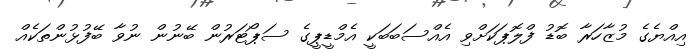
އިއްޔެގެ މުޒާހަރާ ބޮޑު ފްލޮޕަކަށްވި އެއްސަބަބަކީ އެމްޑީޕީގެ ސަޕޯޓަރުން ބޭނުން ނުވާ ބޭފުޅުންތަކެއް